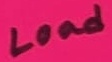
Text: Load